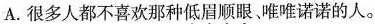
A.很多人都不喜欢那种低眉顺眼唯唯诺诺的人。